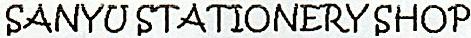
SANYU STATIONERY SHOP